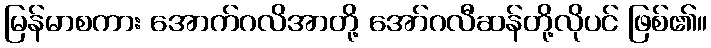
မြန်မာစကား အောက်ဂလိအာတို့ အော်ဂလီဆန်တို့လိုပင် ဖြစ်၏။